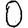
Digit: 0